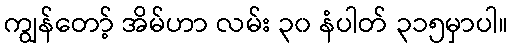
ကျွန်တော့် အိမ်ဟာ လမ်း ၃၀ နံပါတ် ၃၁၅မှာပါ။